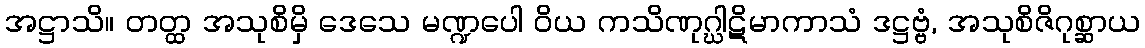
အဋ္ဌာသိ။ တတ္ထ အသုစိမှိ ဒေသေ မဏ္ဍပေါ ဝိယ ကသိဏုဂ္ဃါဋိမာကာသံ ဒဋ္ဌဗ္ဗံ, အသုစိဇိဂုစ္ဆာယ